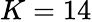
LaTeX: K=14